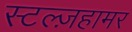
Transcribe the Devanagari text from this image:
स्टल्ज़हामर